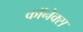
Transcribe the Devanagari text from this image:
कॉनेक्स